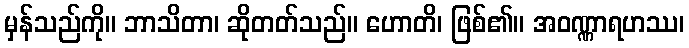
မှန်သည်ကို။ ဘာသိတာ၊ ဆိုတတ်သည်။ ဟောတိ၊ ဖြစ်၏။ အဝဏ္ဏာရဟဿ၊